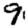
Digit: 9